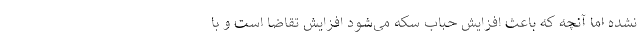
نشده اما آنچه که باعث افزایش حباب سکه می‌شود افزایش تقاضا است و با